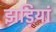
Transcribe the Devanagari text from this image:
झड़ियां